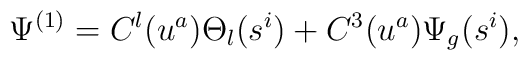
\Psi^{(1)} = C^{l}(u^a) \Theta_{l}(s^i) + C^{3}(u^a) \Psi_{g}(s^i),